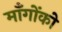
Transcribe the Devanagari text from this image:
माँगोंको